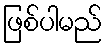
ဖြစ်ပါမည်